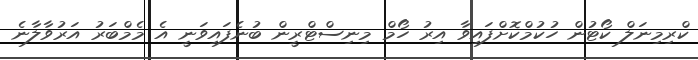
ކްރިމިނަލް ކޯޓުން ހުކުމްކޮށްފައިވާ އިރު ހޯމް މިނިސްޓްރީން ބުނެފައިވަނީ އެ މެމްބަރު އަރުވާލާނެ